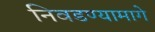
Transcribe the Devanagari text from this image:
निवडण्यामागे